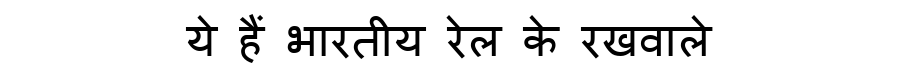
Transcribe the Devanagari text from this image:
ये हैं भारतीय रेल के रखवाले